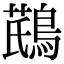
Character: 𪂛